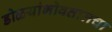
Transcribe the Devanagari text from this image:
डोळ्यांभोवतालचा